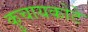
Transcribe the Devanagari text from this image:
कुचायकोटे